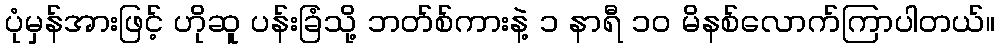
ပုံမှန်အားဖြင့် ဟိုဆူ ပန်းခြံသို့ ဘတ်စ်ကားနဲ့ ၁ နာရီ ၁၀ မိနစ်လောက်ကြာပါတယ်။